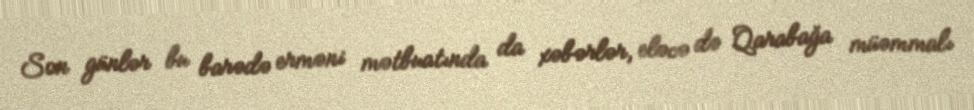
Son günlər bu barədə erməni mətbuatında da xəbərlər, eləcə də Qarabağa müəmmalı